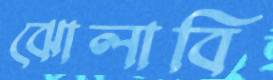
ঝোলাবি